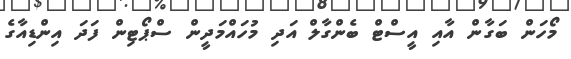
މޯހަން ބަގާން އާއި އީސްޓް ބެންގާލް އަދި މުހައްމަދީން ސްޕޯޓިން ފަދަ އިންޑިއާގެ